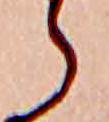
ら